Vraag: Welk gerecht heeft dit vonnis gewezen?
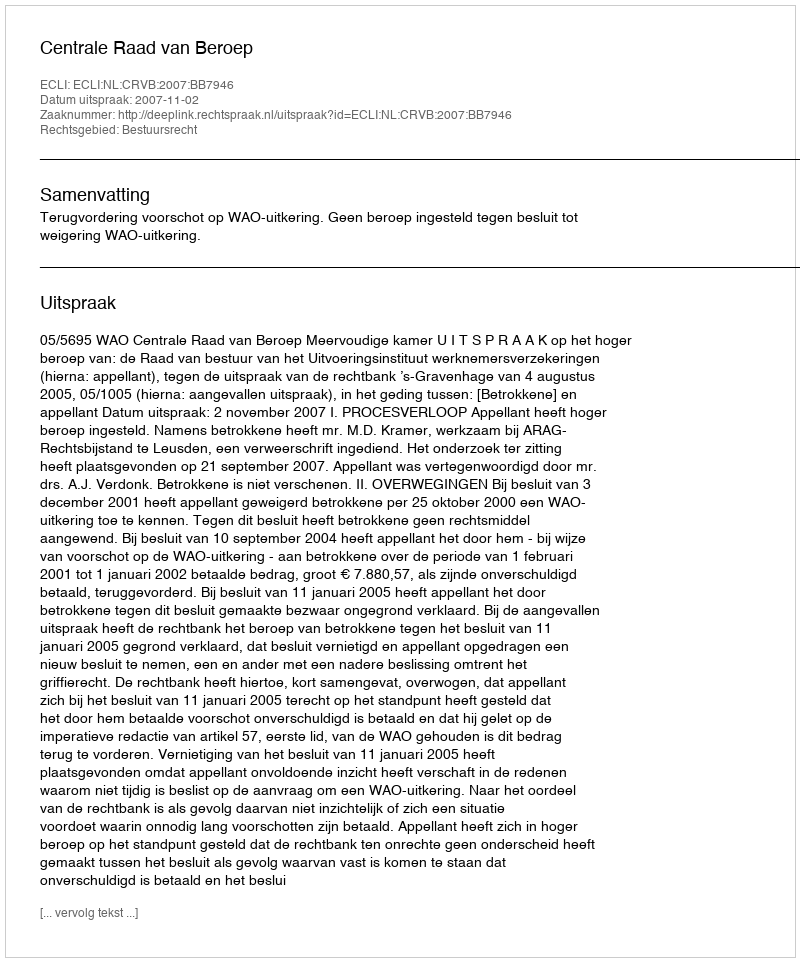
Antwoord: Centrale Raad van Beroep